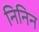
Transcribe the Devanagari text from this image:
निनिन